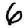
Digit: 6